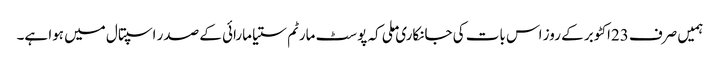
ہمیں صرف 23اکٹوبر کے روز اس بات کی جانکاری ملی کہ پوسٹ مارٹم ستیا مارائی کے صدر اسپتال میں ہوا ہے۔